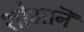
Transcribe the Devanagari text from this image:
शोभानॆ